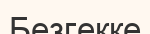
Безгекке